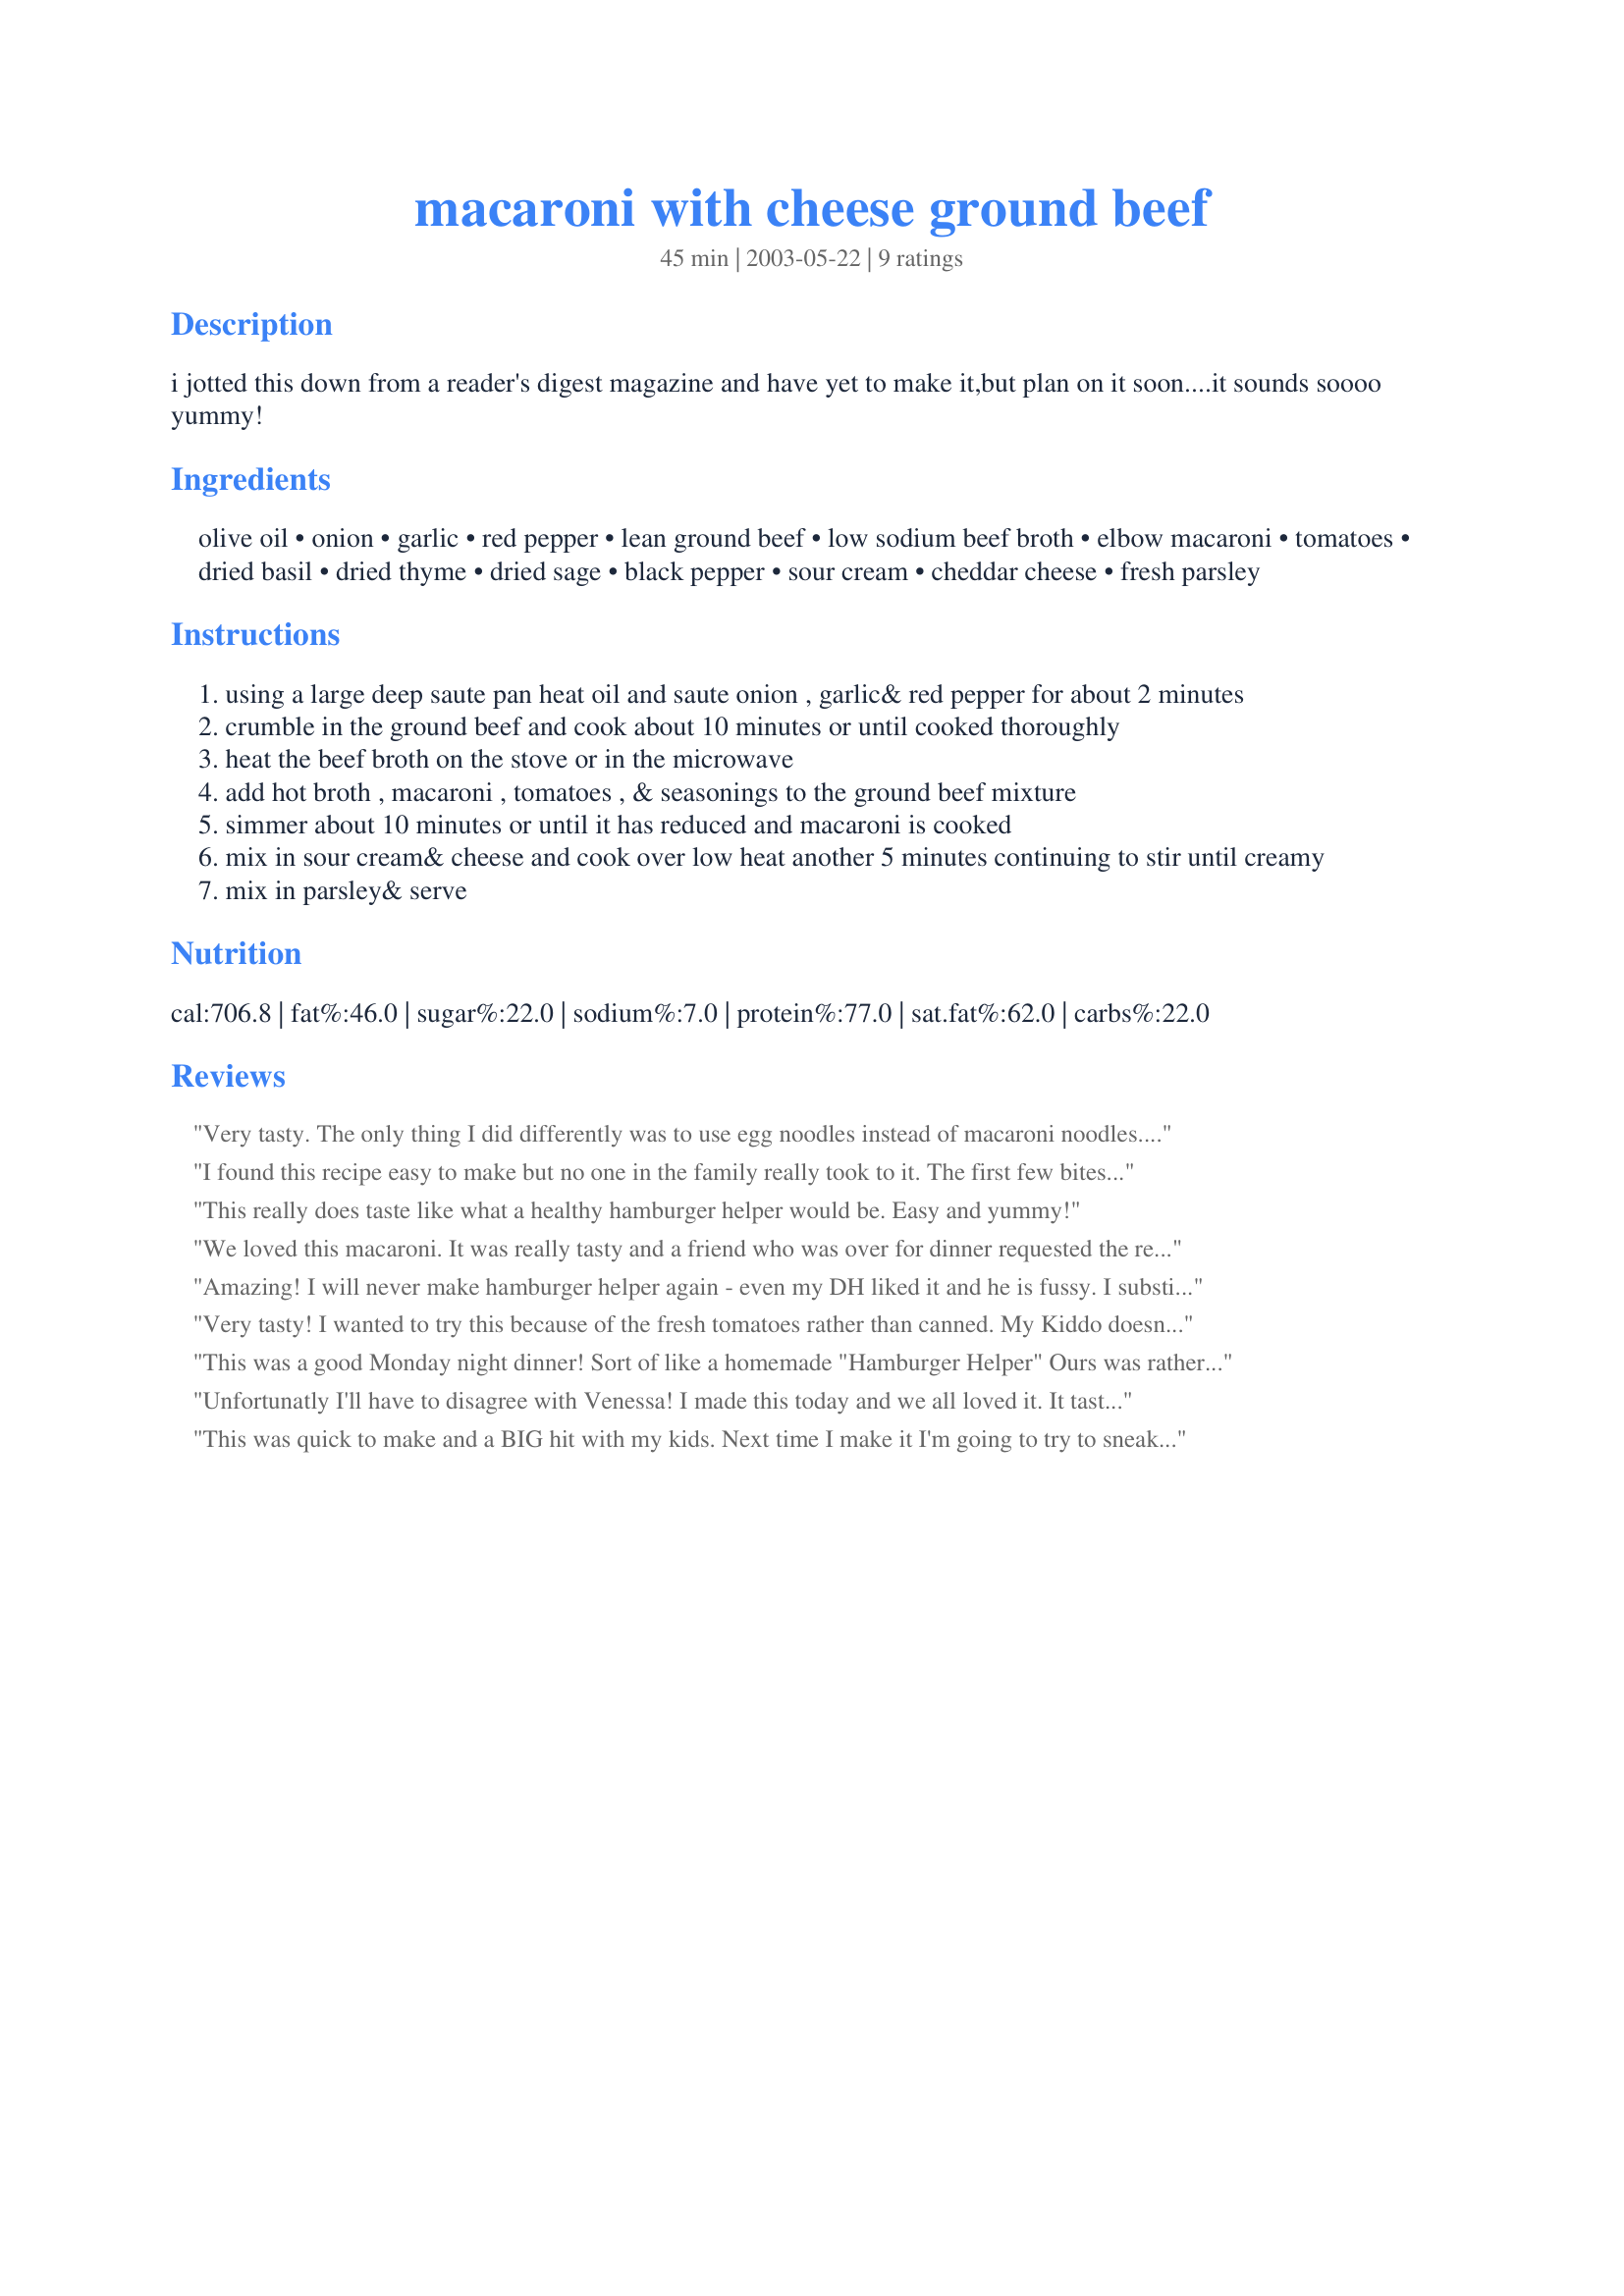
macaroni with cheese ground beef
Preparation time: 45 minutes

i jotted this down from a reader's digest magazine and have yet to make it,but plan on it soon....it sounds soooo yummy!

Ingredients:
olive oil, onion, garlic, red pepper, lean ground beef, low sodium beef broth, elbow macaroni, tomatoes, dried basil, dried thyme, dried sage, black pepper, sour cream, cheddar cheese, fresh parsley

Steps:
using a large deep saute pan heat oil and saute onion , garlic& red pepper for about 2 minutes
crumble in the ground beef and cook about 10 minutes or until cooked thoroughly
heat the beef broth on the stove or in the microwave
add hot broth , macaroni , tomatoes , & seasonings to the ground beef mixture
simmer about 10 minutes or until it has reduced and macaroni is cooked
mix in sour cream& cheese and cook over low heat another 5 minutes continuing to stir until creamy
mix in parsley& serve

Reviews:
Very tasty. The only thing I did differently was to use egg noodles instead of macaroni noodles. Next time I'll add some red pepper or something similar to make it spicy.
I found this recipe easy to make but no one in the family really took to it. The first few bites are not bad but then it just starts to taste bad. I also didn't find it to be the most appetizing meal to look at.
This really does taste like what a healthy hamburger helper would be. Easy and yummy!
We loved this macaroni. It was really tasty and a friend who was over for dinner requested the recipe. I too added more cheese and about 1 tbsp. of hot chili sauce to suit our tastes. Will certainly do it again, sooner than later. Thanks for posting.
Amazing! I will never make hamburger helper again - even my DH liked it and he is fussy. I substituted chili-ready canned tomatoes for the chopped fresh tomatoes since I didn't have fresh tomatoes. Thanks for the great recipe!
Very tasty! I wanted to try this because of the fresh tomatoes rather than canned. My Kiddo doesn't like tomato so I figured the fresh would deteriorate enough in the cooking process to make her happy...it did. Otherwise, I did use ground turkey instead of beef, and green pepper for the red, but kept the rest the same. I'm sure I'll be making this again.
Thanks!
This was a good Monday night dinner! Sort of like a homemade "Hamburger Helper" Ours was rather salty, so I would definitely use the low-sodium broth. Thanks for posting!
Unfortunatly I'll have to disagree with Venessa! I made this today and we all loved it. It tasted really good and I didn't find it unappetizing at all. The only change that I made was using more cheese. And that is just because we all love cheese. Thanks Rhonda J for posting this great recipe!
This was quick to make and a BIG hit with my kids. Next time I make it I'm going to try to sneak in a few vegtables though. Some finely diced carrots, brocolli, celery and mushrooms just to make it a bit healthier. I think I'm going to try it with ground chicken as well.
